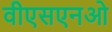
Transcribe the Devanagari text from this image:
वीएसएनओ